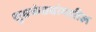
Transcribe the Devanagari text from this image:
शुभ्रकंठ्यांमधील